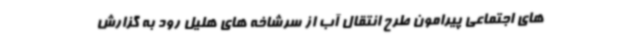
های اجتماعی پیرامون طرح انتقال آب از سرشاخه های هلیل رود به گزارش